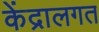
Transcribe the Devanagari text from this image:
केंद्रालगत